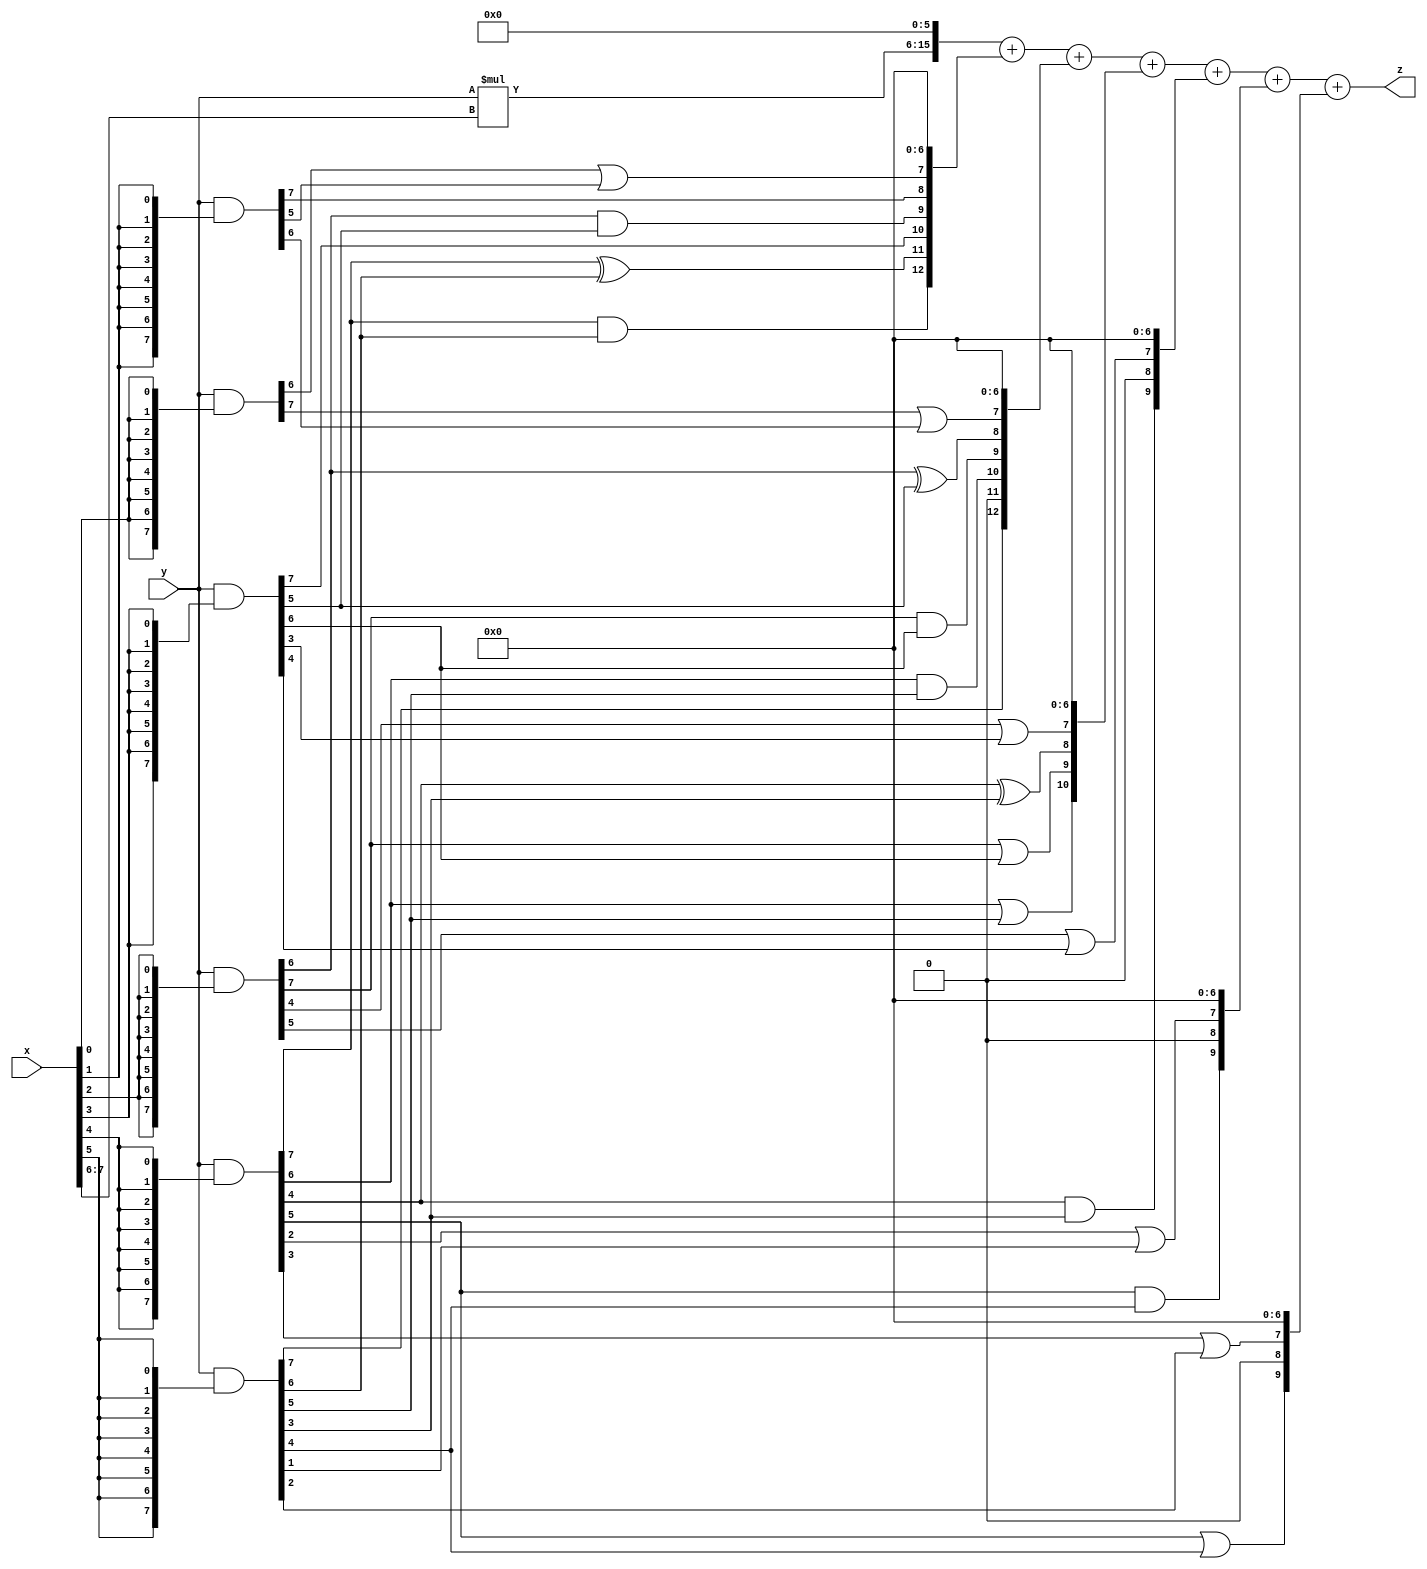
// terms: 21
// fval:  51014.25

module unsigned_8x8_l6_lamb2000_8 (
	input [7:0] x,
	input [7:0] y,
	output [15:0] z
);

wire [9:0] tmp_z = y*x[7:6];

wire [7:0] part1 =  y & {8{x[0]}};
wire [7:0] part2 =  y & {8{x[1]}};
wire [7:0] part3 =  y & {8{x[2]}};
wire [7:0] part4 =  y & {8{x[3]}};
wire [7:0] part5 =  y & {8{x[4]}};
wire [7:0] part6 =  y & {8{x[5]}};

wire [12:0] new_part1;
assign new_part1[0] = 0;
assign new_part1[1] = 0;
assign new_part1[2] = 0;
assign new_part1[3] = 0;
assign new_part1[4] = 0;
assign new_part1[5] = 0;
assign new_part1[6] = 0;
assign new_part1[7] = part1[6] | part2[5];
assign new_part1[8] = part2[7];
assign new_part1[9] = part3[6] & part4[5];
assign new_part1[10] = part4[7];
assign new_part1[11] = part5[7] ^ part6[6];
assign new_part1[12] = part5[7] & part6[6];

wire [12:0] new_part2;
assign new_part2[0] = 0;
assign new_part2[1] = 0;
assign new_part2[2] = 0;
assign new_part2[3] = 0;
assign new_part2[4] = 0;
assign new_part2[5] = 0;
assign new_part2[6] = 0;
assign new_part2[7] = part1[7] | part2[6];
assign new_part2[8] = part3[6] ^ part4[5];
assign new_part2[9] = part3[7] & part4[6];
assign new_part2[10] = part5[6] & part6[5];
assign new_part2[11] = 0;
assign new_part2[12] = part6[7];

wire [10:0] new_part3;
assign new_part3[0] = 0;
assign new_part3[1] = 0;
assign new_part3[2] = 0;
assign new_part3[3] = 0;
assign new_part3[4] = 0;
assign new_part3[5] = 0;
assign new_part3[6] = 0;
assign new_part3[7] = part3[4] | part4[3];
assign new_part3[8] = part5[4] ^ part6[3];
assign new_part3[9] = part3[7] | part4[6];
assign new_part3[10] = part5[6] | part6[5];

wire [9:0] new_part4;
assign new_part4[0] = 0;
assign new_part4[1] = 0;
assign new_part4[2] = 0;
assign new_part4[3] = 0;
assign new_part4[4] = 0;
assign new_part4[5] = 0;
assign new_part4[6] = 0;
assign new_part4[7] = part3[5] | part4[4];
assign new_part4[8] = 0;
assign new_part4[9] = part5[4] & part6[3];

wire [9:0] new_part5;
assign new_part5[0] = 0;
assign new_part5[1] = 0;
assign new_part5[2] = 0;
assign new_part5[3] = 0;
assign new_part5[4] = 0;
assign new_part5[5] = 0;
assign new_part5[6] = 0;
assign new_part5[7] = part5[2] | part6[1];
assign new_part5[8] = 0;
assign new_part5[9] = part5[5] & part6[4];

wire [9:0] new_part6;
assign new_part6[0] = 0;
assign new_part6[1] = 0;
assign new_part6[2] = 0;
assign new_part6[3] = 0;
assign new_part6[4] = 0;
assign new_part6[5] = 0;
assign new_part6[6] = 0;
assign new_part6[7] = part5[3] | part6[2];
assign new_part6[8] = 0;
assign new_part6[9] = part5[5] | part6[4];

assign z = {tmp_z, 6'd 0} + new_part1 + new_part2 + new_part3 + new_part4 + new_part5 + new_part6;
endmodule